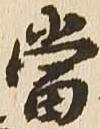
当